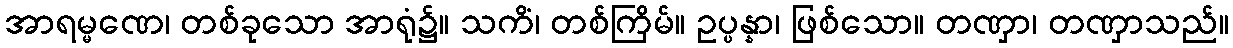
အာရမ္မဏေ၊ တစ်ခုသော အာရုံ၌။ သကိံ၊ တစ်ကြိမ်။ ဥပ္ပန္နာ၊ ဖြစ်သော။ တဏှာ၊ တဏှာသည်။